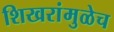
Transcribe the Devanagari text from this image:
शिखरांमुळेच